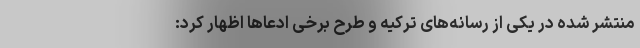
منتشر شده در یکی از رسانه‌های ترکیه و طرح برخی ادعا‌ها اظهار کرد: